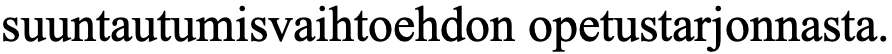
suuntautumisvaihtoehdon opetustarjonnasta.